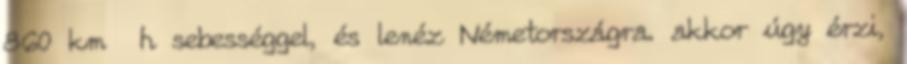
860 km h sebességgel, és lenéz Németországra. akkor úgy érzi,